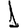
Digit: 1